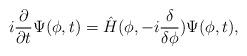
LaTeX: \begin{align*}i \frac{\partial}{\partial t} \Psi( \phi, t) =\hat{H} (\phi, - i \frac{\delta}{\delta \phi}) \Psi(\phi, t),\end{align*}